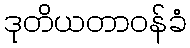
ဒုတိယတာဝန်ခံ